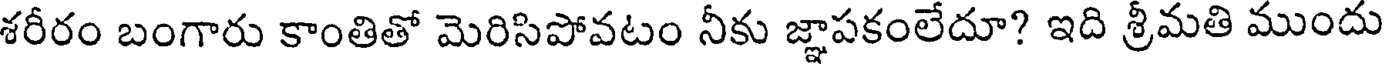
శరీరం బంగారు కాంతితో మెరిసిపోవటం నీకు జ్ఞాపకంలేదూ? ఇది శ్రీమతి ముందు